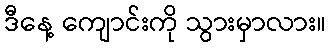
ဒီနေ့ ကျောင်းကို သွားမှာလား။